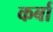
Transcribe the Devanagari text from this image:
कर्बा